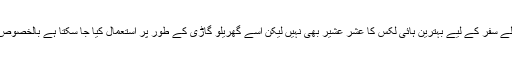
یہ بات اپنی جگہ درست ہے کہ یہ آف-روڈنگ اور طویل و تھکا دینے والے سفر کے لیے بہترین ہائی لکس کا عشر عشیر بھی نہیں لیکن اسے گھریلو گاڑی کے طور پر استعمال کیا جا سکتا ہے بالخصوص اگر آپ کا خاندان بڑا ہے اور آپ ایک پر کشش گاڑی رکھنا چاہتے ہیں۔